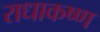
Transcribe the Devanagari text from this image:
राधाकष्‍ण